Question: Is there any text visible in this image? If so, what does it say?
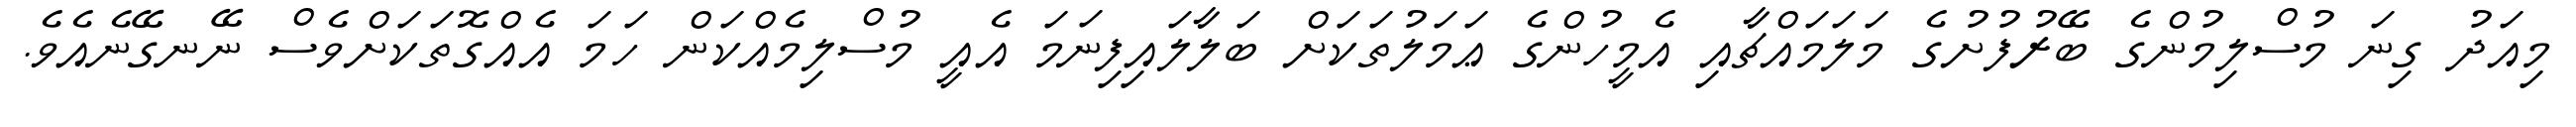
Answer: މިއަދު ގިނަ މުސްލިމުންގެ ބޭރުފުށުގެ މަލަމައްޗާއި އެމީހުންގެ ޢަމަލުތަކަށް ބަލާލައިފިނަމަ އެއީ މުސްލިމެއްކަން ހަމަ އެއްގޮތަކަށްވެސް ނޭނގޭނެއެވެ.